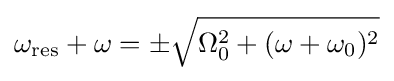
\omega _{\mathrm {res} }+\omega =\pm {\sqrt {\Omega _{0}^{2}+(\omega +\omega _{0})^{2}}}